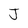
Character: J